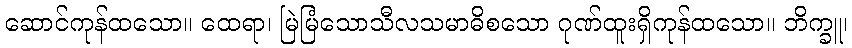
ဆောင်ကုန်ထသော။ ထေရာ၊ မြဲမြံသောသီလသမာဓိစသော ဂုဏ်ထူးရှိကုန်ထသော။ ဘိက္ခူ၊